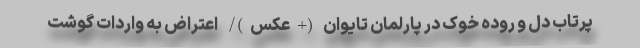
پرتاب دل و روده خوک در پارلمان تایوان (+عکس)/ اعتراض به واردات گوشت